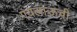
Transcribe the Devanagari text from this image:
एयलाऊची